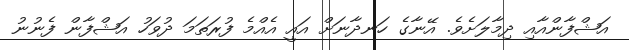
އަޝްފާންއާއި ދިމާލަށެވެ. އޭނާގެ ހަނދާނަށް އައީ އެއްމެ ފުރަތަމަ ދުވަހު އަޝްފާން ފެނުނު